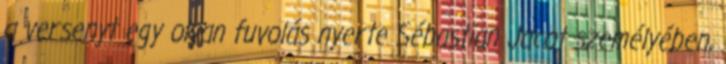
a versenyt egy olyan fuvolás nyerte Sébastian Jacot személyében,